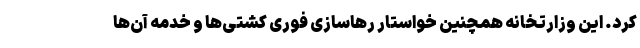
کرد. این وزارتخانه همچنین خواستار رهاسازی فوری کشتی‌ها و خدمه آن‌ها